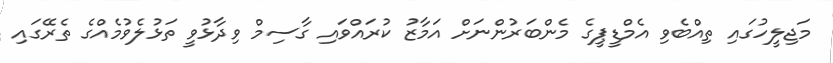
މަޖިލީހުގައި ތިއްބެވި އެމްޑީޕީގެ މެންބަރުންނަށް އަމާޒު ކުރައްވައި ގާސިމް ވިދާޅުވީ ތަޅުލެވުމެއްގެ ތެރޭގައި